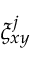
\xi _ { x y } ^ { j }